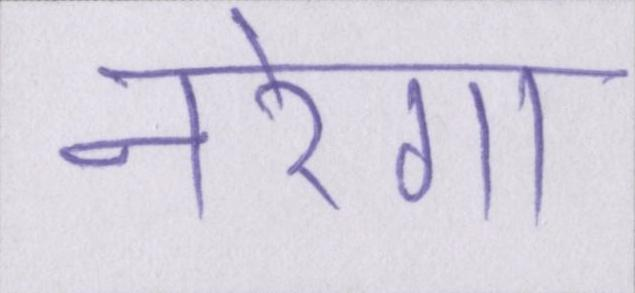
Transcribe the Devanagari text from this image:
नरेगा